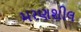
મરણશીલ